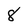
Character: 8